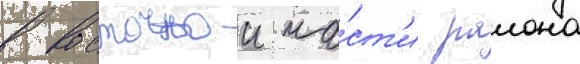
в восточнои ча́ст'и раиона